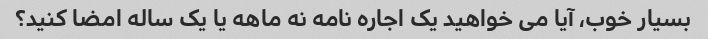
بسیار خوب، آیا می خواهید یک اجاره نامه نه ماهه یا یک ساله امضا کنید؟